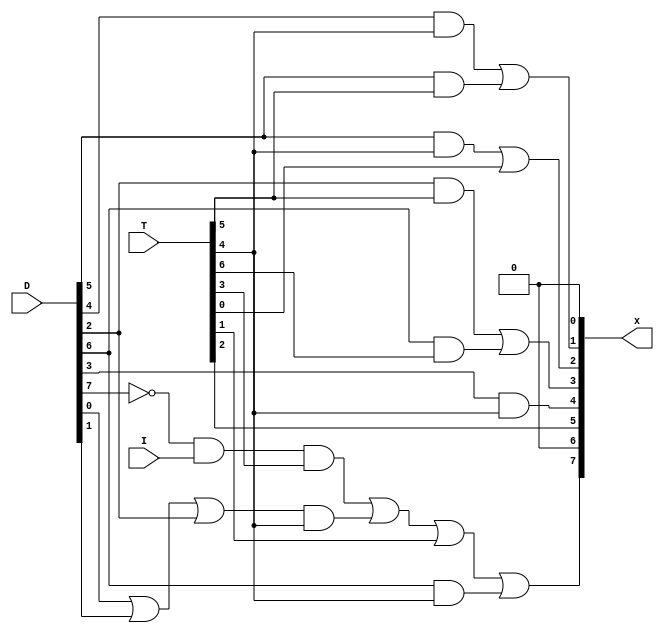
`timescale 1ns / 1ps
//////////////////////////////////////////////////////////////////////////////////
// Company: 
// Engineer: 
// 
// Design Name: 
// Module Name: COMMON_BUS_CONTROL
// Project Name: 
// Target Devices: 
// Tool Versions: 
// Description: 
// 
// Dependencies: 
// 
// Revision:
// Revision 0.01 - File Created
// Additional Comments:
// 
//////////////////////////////////////////////////////////////////////////////////


module COMMON_BUS_CONTROL(x, D, T, I);


	input  I;
	input [7:0] T, D;

	output [7:0] x;

	wire D7n = ~D[7];
	wire A1,A2,A3,A4,A5,A6,A7,A8;
	assign A1= D[5] & T[5] ;
	assign A2= D[4] & T[4] ;
	assign A3= D[5] & T[4] ;
	assign A4= D[2]& T[5]  ;
	assign A5= (D[6] & T[6]);
	assign A6=  D7n & I & T[3];
	assign A7= ((D[0] | D[1] | D[2]) & T[4]);
	assign A8 = (D[6] & T[4]);
	
	assign x[0] = 0;
	assign x[1] = A2 | A1;                                                        
	assign x[2] = A3 | T[0];                                                      
	assign x[3] = A4 | A5  ;                                                       
	assign x[4] = D[3] & T[4];                                                     
	assign x[5] = T[2] ;                                                           
    assign x[6] = 0 ;                                                              
    assign x[7] = A6 | A7 | T[1] | A8;                                             

endmodule